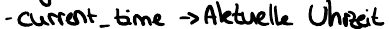
- current_time -> Aktuelle Uhrzeit